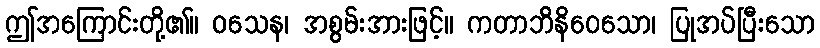
ဤအကြောင်းတို့၏။ ဝသေန၊ အစွမ်းအားဖြင့်။ ကတာဘိနိဝေသော၊ ပြုအပ်ပြီးသော